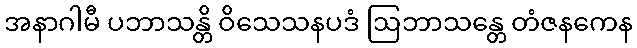
အနာဂါမီ ပဘာသန္တိ ဝိသေသနပဒံ ဩဘာသန္တေ တံဇနကေန